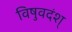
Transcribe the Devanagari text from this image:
विषुवदंश्